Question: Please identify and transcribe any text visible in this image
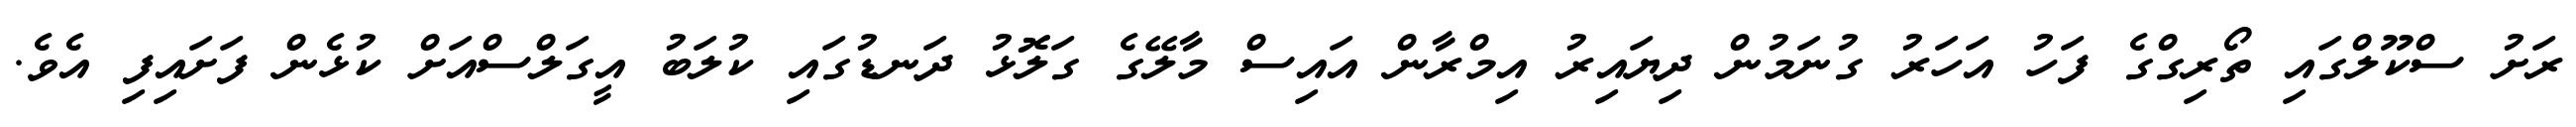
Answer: ރަށު ސްކޫލްގައި ތޯރިގްގެ ފަހު އަހަރު ގުނަމުން ދިޔައިރު އިމްރާން އައިސް މާލޭގެ ގަލޮޅު ދަނޑުގައި ކުލަބު އީގަލްސްއަށް ކުޅެން ފަށައިފި އެވެ.